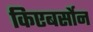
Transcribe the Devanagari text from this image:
किएबर्सोन